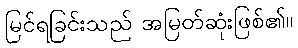
မြင်ရခြင်းသည် အမြတ်ဆုံးဖြစ်၏။